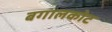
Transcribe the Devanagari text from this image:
बगालकोट